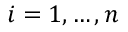
i = 1 , \ldots , n